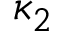
\kappa _ { 2 }